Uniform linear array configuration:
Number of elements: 4
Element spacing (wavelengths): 0.25
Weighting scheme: exponential
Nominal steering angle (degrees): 0
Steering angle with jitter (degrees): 1.674
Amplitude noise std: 0.05
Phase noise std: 0.05

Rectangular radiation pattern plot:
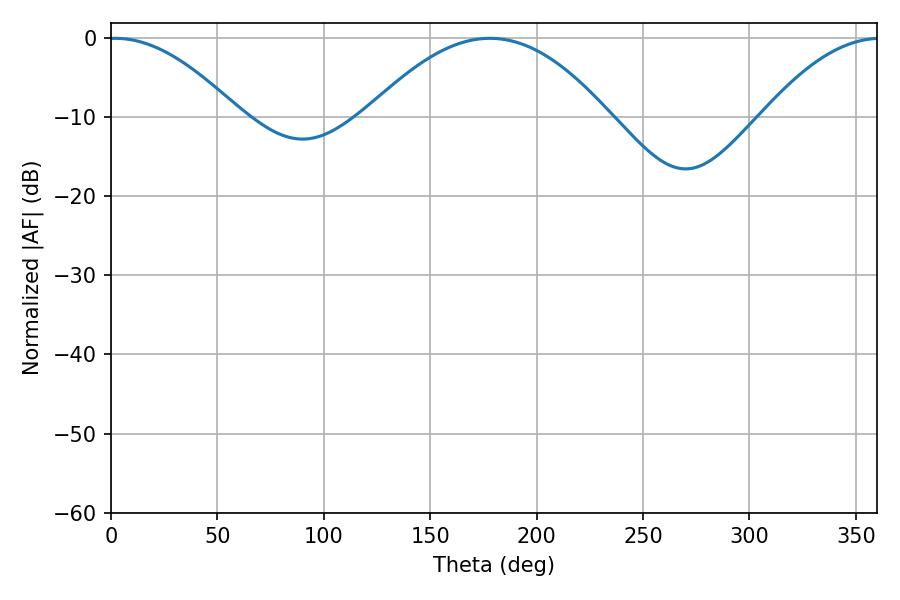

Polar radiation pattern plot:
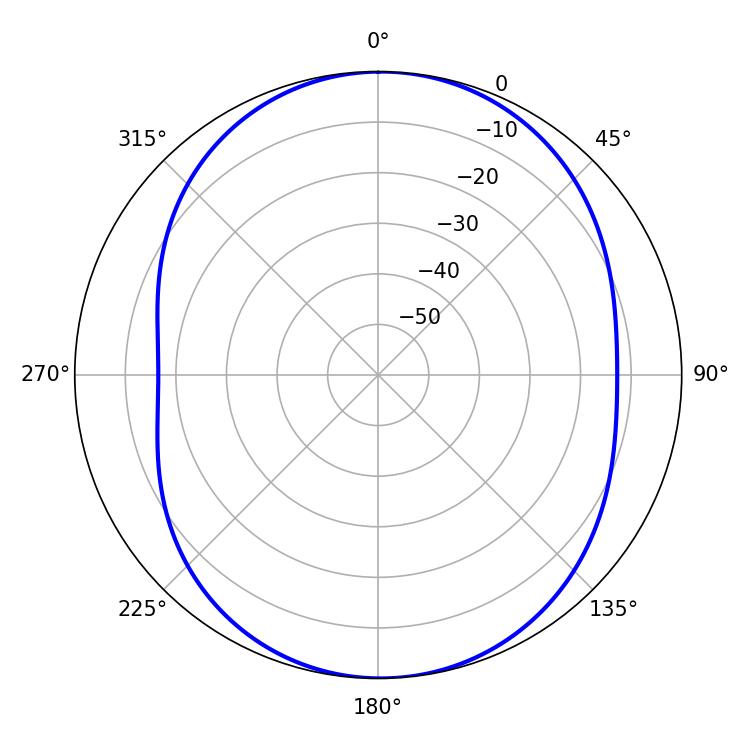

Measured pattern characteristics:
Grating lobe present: FALSE
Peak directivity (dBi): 12.25
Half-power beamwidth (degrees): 33.48
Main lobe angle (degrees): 1.98